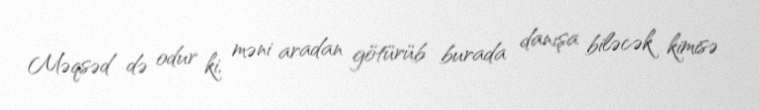
Məqsəd də odur ki, məni aradan götürüb burada danışa biləcək kimisə